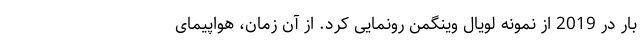
بار در 2019 از نمونه لویال وینگمن رونمایی کرد. از آن زمان، هواپیمای